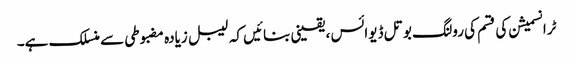
ٹرانسمیشن کی قسم کی رولنگ بوتل ڈیوائس ، یقینی بنائیں کہ لیبل زیادہ مضبوطی سے منسلک ہے۔